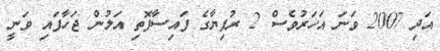
އަދި 2007 ވަނަ އަހަރުވެސް 2 ރުފިޔާގެ ފައިސާފޮތި އަލުން ޖަހާފައި ވަނީ